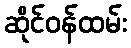
ဆိုင်ဝန်ထမ်း